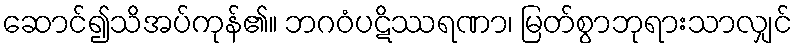
ဆောင်၍သိအပ်ကုန်၏။ ဘဂဝံပဋိဿရဏာ၊ မြတ်စွာဘုရားသာလျှင်